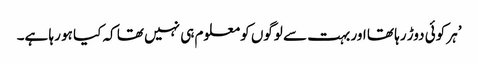
’ہر کوئی دوڑ رہا تھا اور بہت سے لوگوں کو معلوم ہی نہیں تھا کہ کیا ہو رہا ہے۔